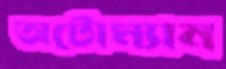
অটোম্যান